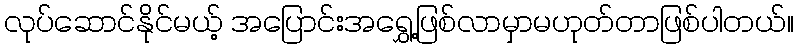
လုပ်ဆောင်နိုင်မယ့် အပြောင်းအရွှေ့ဖြစ်လာမှာမဟုတ်တာဖြစ်ပါတယ်။